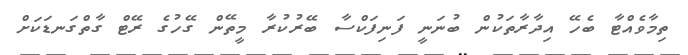
ތިމާވެއްޓާ ބެހޭ އިދާރާތަކުން ބުނަނީ ފަނިފަކްސާ ބޭރުކުރާ މީތޭން ގޭހުގެ ރޭޓް ގާތްގަނޑަކަށް